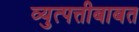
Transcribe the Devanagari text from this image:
व्युत्पत्तीबाबत